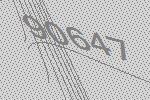
90647